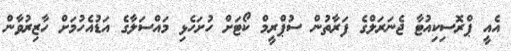
އެއީ ޕްރޮސިކިއުޓާ ޖެނަރަލްގެ ފަރާތުން ސުޕްރީމް ކޯޓަށް ހުށަހެޅި މައްސަލާގެ އަޑުއެހުމަށް ހާޒިރުވާން